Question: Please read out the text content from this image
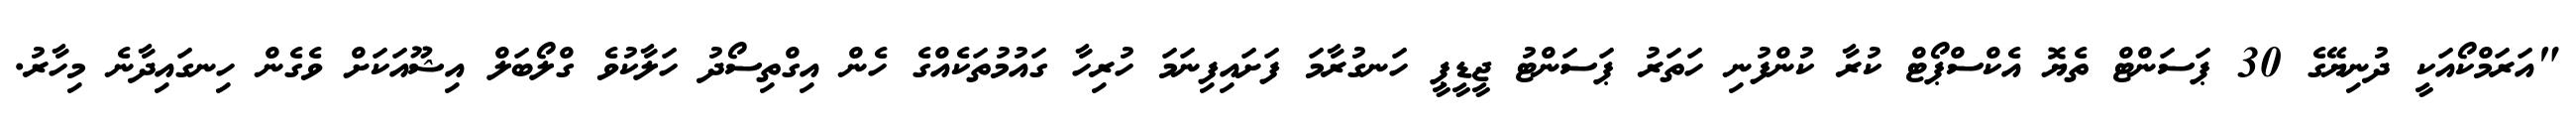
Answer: "އަރަމްކޯއަކީ ދުނިޔޭގެ 30 ޕަސަންޓް ތެޔޮ އެކްސްޕޯޓް ކުރާ ކުންފުނި ހަތަރު ޕަސަންޓު ޖީޑީޕީ ހަނގުރާމަ ފަށައިފިނަމަ ހުރިހާ ގައުމުތަކެއްގެ ހެން އިގްތިސޯދު ހަލާކުވެ ގްލޯބަލް އިޝޫއަކަށް ވެގެން ހިނގައިދާނެ މިހާރު.